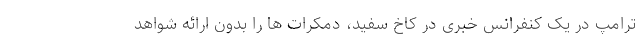
ترامپ در یک کنفرانس خبری در کاخ سفید، دمکرات ها را بدون ارائه شواهد